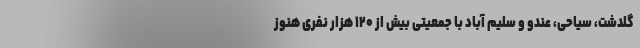
گلدشت، سیاحی، عندو و سلیم آباد با جمعیتی بیش از ۱۲۰ هزار نفری هنوز